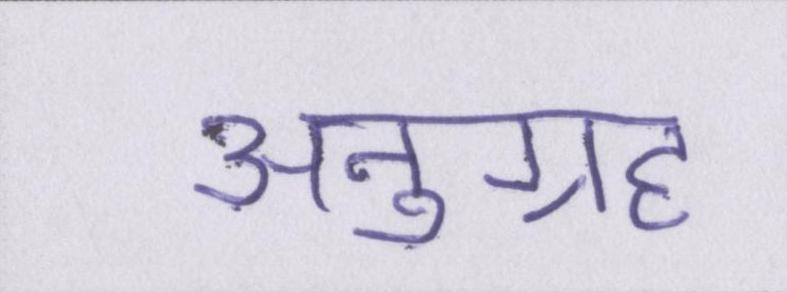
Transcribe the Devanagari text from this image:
अनुग्रह